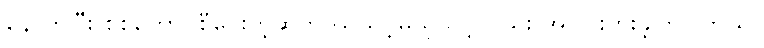
နောက်ပြီး စစ်ကောင်စီပေးတဲ့ဆုကို ယူသင့်မယူသင့်လည်း အငြင်းပွားခဲ့ကြပါတယ်။